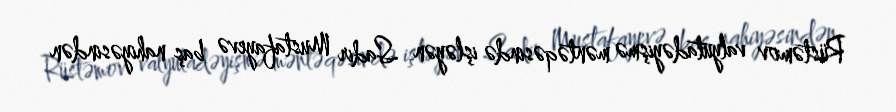
Rüstəmov valyutadəyişmə məntəqəsində işləyən Sadir Mustafayevə baş nahiyəsindən